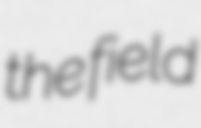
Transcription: the field